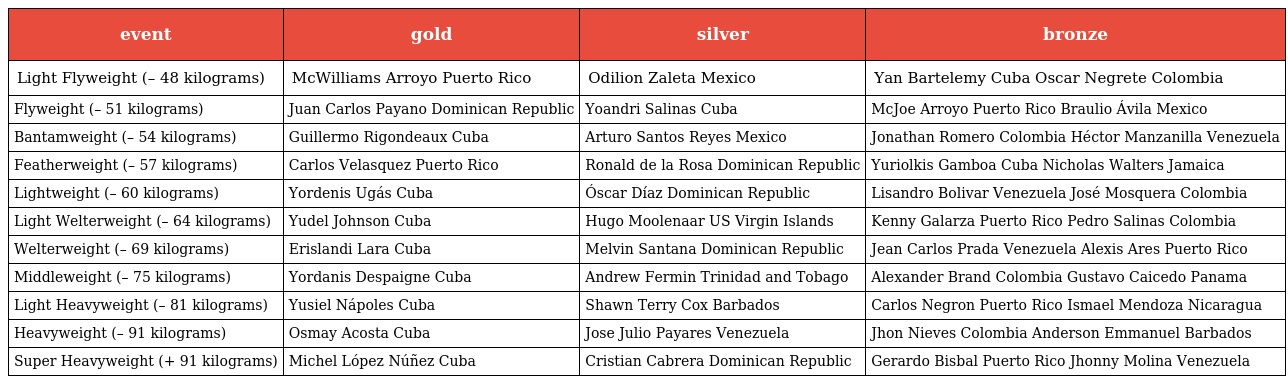
| event | gold | silver | bronze |
 | --- | --- | --- | --- |
 | Light Flyweight (– 48 kilograms) | McWilliams Arroyo Puerto Rico | Odilion Zaleta Mexico | Yan Bartelemy Cuba Oscar Negrete Colombia |
 | Flyweight (– 51 kilograms) | Juan Carlos Payano Dominican Republic | Yoandri Salinas Cuba | McJoe Arroyo Puerto Rico Braulio Ávila Mexico |
 | Bantamweight (– 54 kilograms) | Guillermo Rigondeaux Cuba | Arturo Santos Reyes Mexico | Jonathan Romero Colombia Héctor Manzanilla Venezuela |
 | Featherweight (– 57 kilograms) | Carlos Velasquez Puerto Rico | Ronald de la Rosa Dominican Republic | Yuriolkis Gamboa Cuba Nicholas Walters Jamaica |
 | Lightweight (– 60 kilograms) | Yordenis Ugás Cuba | Óscar Díaz Dominican Republic | Lisandro Bolivar Venezuela José Mosquera Colombia |
 | Light Welterweight (– 64 kilograms) | Yudel Johnson Cuba | Hugo Moolenaar US Virgin Islands | Kenny Galarza Puerto Rico Pedro Salinas Colombia |
 | Welterweight (– 69 kilograms) | Erislandi Lara Cuba | Melvin Santana Dominican Republic | Jean Carlos Prada Venezuela Alexis Ares Puerto Rico |
 | Middleweight (– 75 kilograms) | Yordanis Despaigne Cuba | Andrew Fermin Trinidad and Tobago | Alexander Brand Colombia Gustavo Caicedo Panama |
 | Light Heavyweight (– 81 kilograms) | Yusiel Nápoles Cuba | Shawn Terry Cox Barbados | Carlos Negron Puerto Rico Ismael Mendoza Nicaragua |
 | Heavyweight (– 91 kilograms) | Osmay Acosta Cuba | Jose Julio Payares Venezuela | Jhon Nieves Colombia Anderson Emmanuel Barbados |
 | Super Heavyweight (+ 91 kilograms) | Michel López Núñez Cuba | Cristian Cabrera Dominican Republic | Gerardo Bisbal Puerto Rico Jhonny Molina Venezuela |